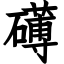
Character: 礡